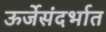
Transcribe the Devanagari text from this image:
ऊर्जेसंदर्भात